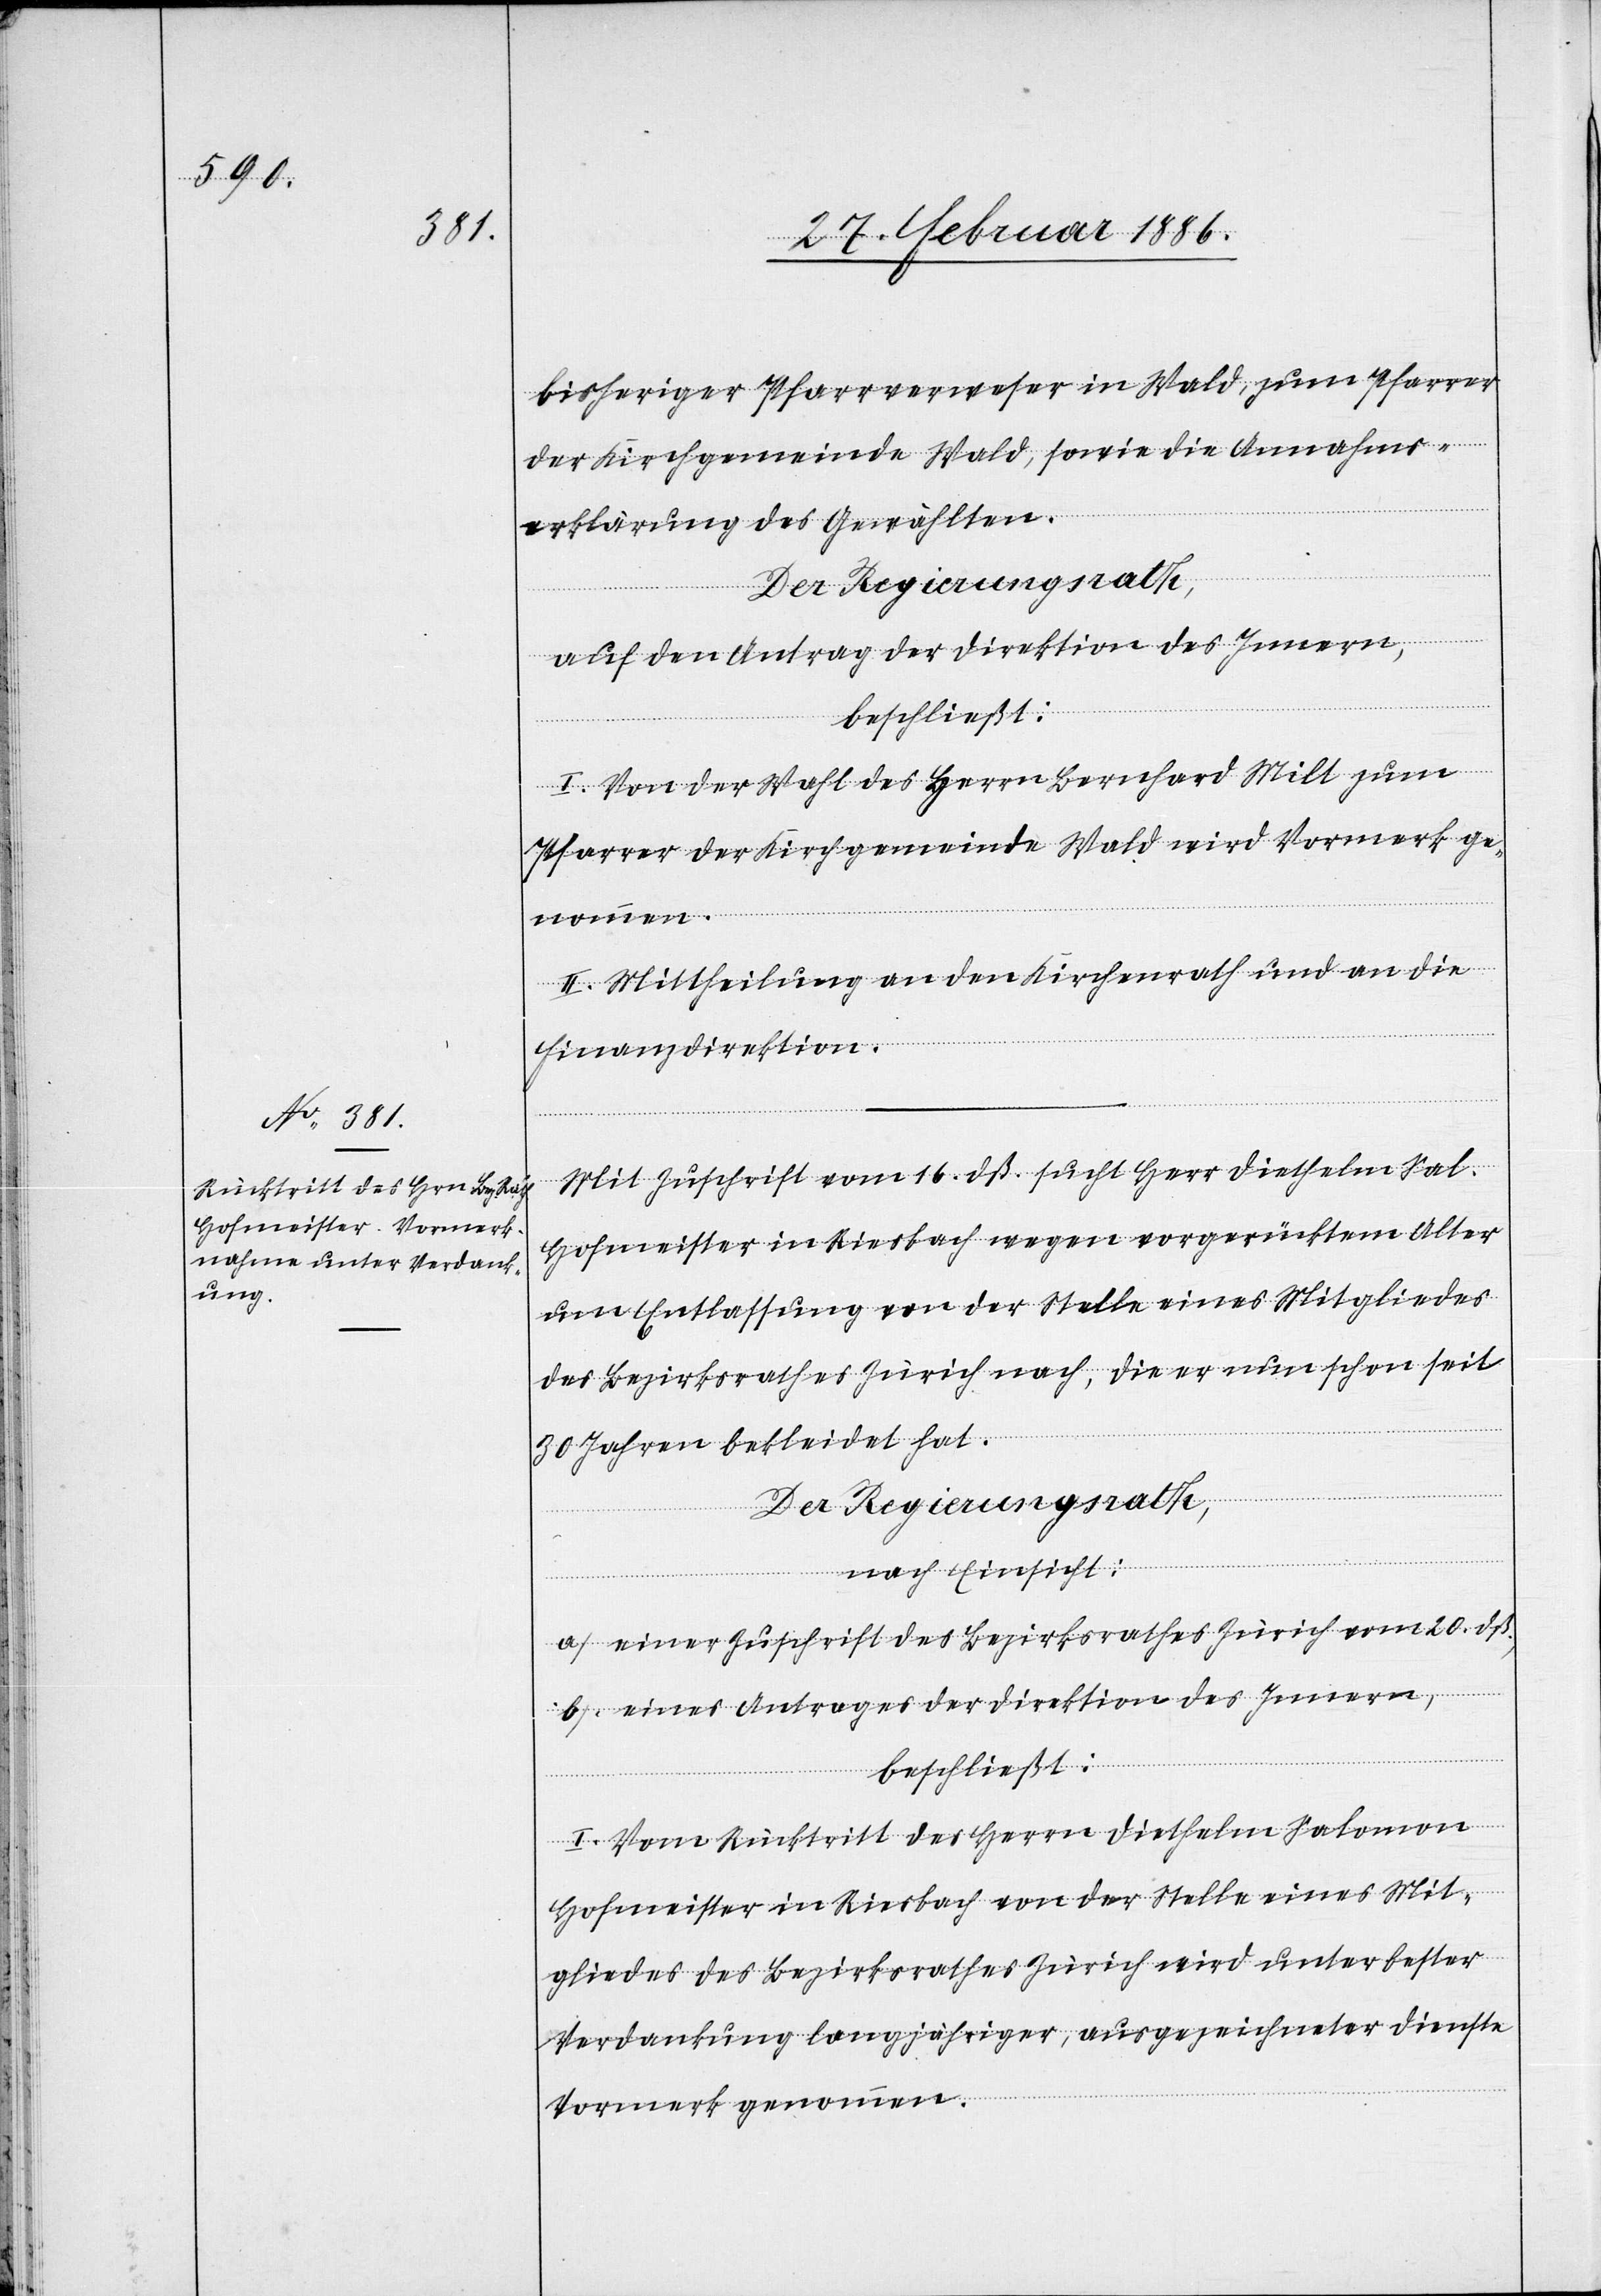
bisheriger Pfarrerverweser in Wald, zum Pfarrer
der Kirchgemeinde Wald, sowie die Annahms¬
erklärung des Gewählten.
Der Regierungsrath,
auf den Antrag der Direktion des Innern,
beschließt:
I. Von der Wahl des Herrn Bernhard Milt zum
Pfarrer der Kirchgemeinde Wald wir Vormerk ge¬
nommen.
II. Mittheilung an den Kirchenrath und an die
Finanzdirektion.
Mit Zuschrift vom 16. dß. sucht Herr Diethelm Sal.
Hofmeister in Riesbach wegen vorgerückten Alters
um Entlassung von der Stelle eines Mitgliedes
des Bezirksrathes Zürich nach, die er nun schon seit
30 Jahren bekleidet hat.
Der Regierungsrath,
nach Einsicht:
a) einer Zuschrift des Bezirksrathes Zürich vom 20. dß.,
b) eines Antrages der Direktion des Innern,
beschließt:
I. Vom Rücktritt des Herrn Diethelm Salomon
Hofmeister in Riesbach von der Stelle eines Mit¬
gliedes des Bezirksrathes Zürich wird unter bester
Verdankung langjähriger, ausgezeichneter Dienste
Vormerk genommen.